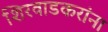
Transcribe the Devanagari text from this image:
शिरवाडकरांना